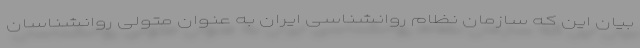
بیان این که سازمان نظام روانشناسی ایران به عنوان متولی روانشناسان